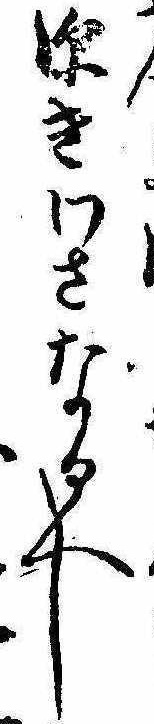
深きわさなるへし